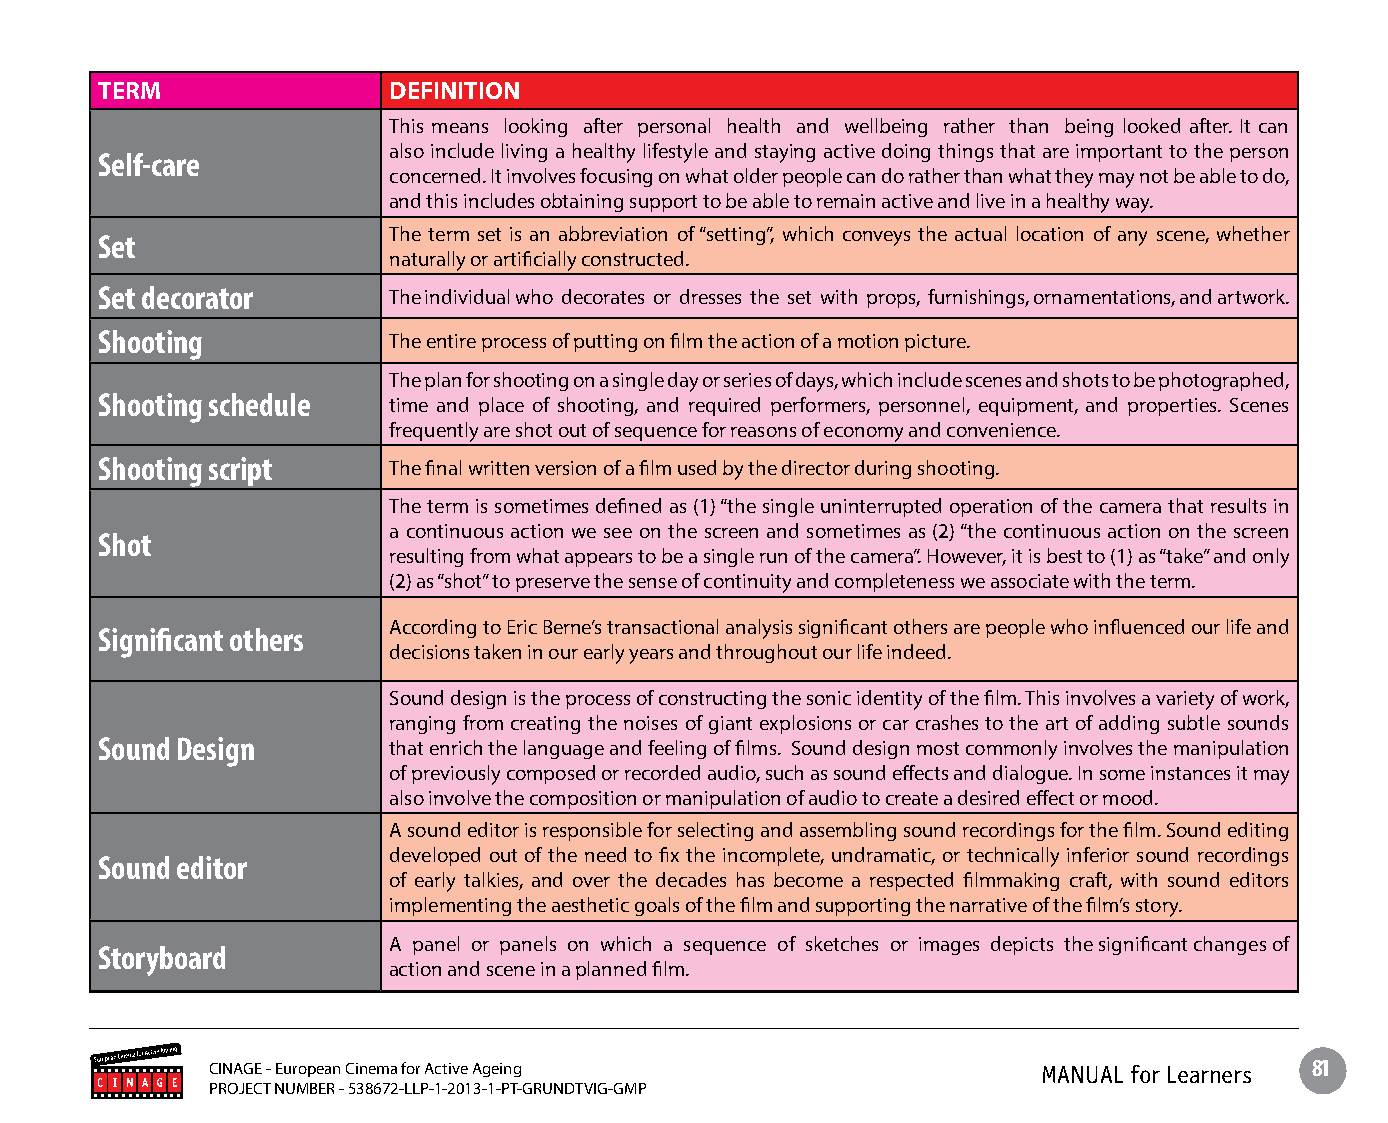
TERM                DEFINITION
 This means looking after personal health and wellbeing rather than being looked after. It can
 also include living a healthy lifestyle and staying active doing things that are important to the person
 Self-care
 concerned. It involves focusing on what older people can do rather than what they may not be able to do,
 and this includes obtaining support to be able to remain active and live in a healthy way.
 The term set is an abbreviation of “setting”, which conveys the actual location of any scene, whether
 Set
 naturally or artificially constructed.
 Set decorator       The individual who decorates or dresses the set with props, furnishings, ornamentations, and artwork.
 Shooting            The entire process of putting on film the action of a motion picture.
 The plan for shooting on a single day or series of days, which include scenes and shots to be photographed,
 Shooting schedule   time and place of shooting, and required performers, personnel, equipment, and properties. Scenes
 frequently are shot out of sequence for reasons of economy and convenience.
 Shooting script     The final written version of a film used by the director during shooting.
 The term is sometimes defined as (1) “the single uninterrupted operation of the camera that results in
 a continuous action we see on the screen and sometimes as (2) “the continuous action on the screen
 Shot
 resulting from what appears to be a single run of the camera”. However, it is best to (1) as “take” and only
 (2) as “shot” to preserve the sense of continuity and completeness we associate with the term.
 According to Eric Berne’s transactional analysis significant others are people who influenced our life and
 Significant others
 decisions taken in our early years and throughout our life indeed.
 Sound design is the process of constructing the sonic identity of the film. This involves a variety of work,
 ranging from creating the noises of giant explosions or car crashes to the art of adding subtle sounds
 Sound Design        that enrich the language and feeling of films. Sound design most commonly involves the manipulation
 of previously composed or recorded audio, such as sound effects and dialogue. In some instances it may
 also involve the composition or manipulation of audio to create a desired effect or mood.
 A sound editor is responsible for selecting and assembling sound recordings for the film. Sound editing
 developed out of the need to fix the incomplete, undramatic, or technically inferior sound recordings
 Sound editor
 of early talkies, and over the decades has become a respected filmmaking craft, with sound editors
 implementing the aesthetic goals of the film and supporting the narrative of the film’s story.
 A panel or panels on which a sequence of sketches or images depicts the significant changes of
 Storyboard
 action and scene in a planned film.
 CINAGE - European Cinema for Active Ageing             MANUAL for Learners 81
 PROJECT NUMBER - 538672-LLP-1-2013-1-PT-GRUNDTVIG-GMP